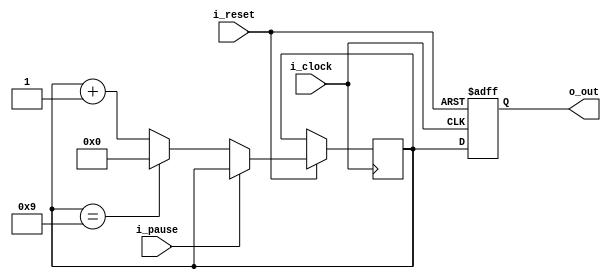
// Counter, Up to 9
//
module counter
    (
        input i_clock,
        input i_reset,
	input i_pause,
        output [3:0] o_out
    );

    reg [3:0] r_COUNT;
    reg [3:0] r_TEMP = 4'b0000;

    always @(negedge i_clock, negedge i_reset) begin
	if(!i_reset)
            r_COUNT <= 4'bzzzz;
        else begin
            if(i_pause)
                r_TEMP <= r_TEMP;
            else if(r_TEMP == 'd9)
                r_TEMP <= 4'b0000;
	    else
		r_TEMP <= r_TEMP + 'd1;
	    r_COUNT <= r_TEMP;
        end
    end

    assign o_out = r_COUNT;

endmodule